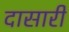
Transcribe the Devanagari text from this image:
दासारी